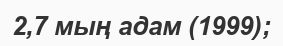
2,7 мың адам (1999);